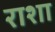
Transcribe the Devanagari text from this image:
राशा